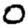
Digit: 0